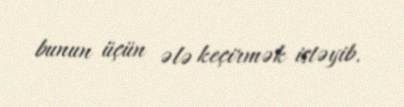
bunun üçün ələ keçirmək istəyib.